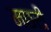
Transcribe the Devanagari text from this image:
मछरी